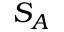
S _ { A }